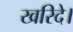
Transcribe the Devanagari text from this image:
खरिदे।